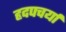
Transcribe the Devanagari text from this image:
हृदपचर्या